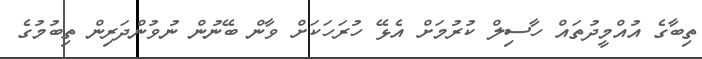
ތިބާގެ އުއްމީދުތައް ހާސިލް ކުރުމަށް އެޅޭ ހުރަހަކަށް ވާން ބޭނުން ނުވުންދަރިން ތިބުމުގެ